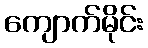
ကျောက်မိုင်း